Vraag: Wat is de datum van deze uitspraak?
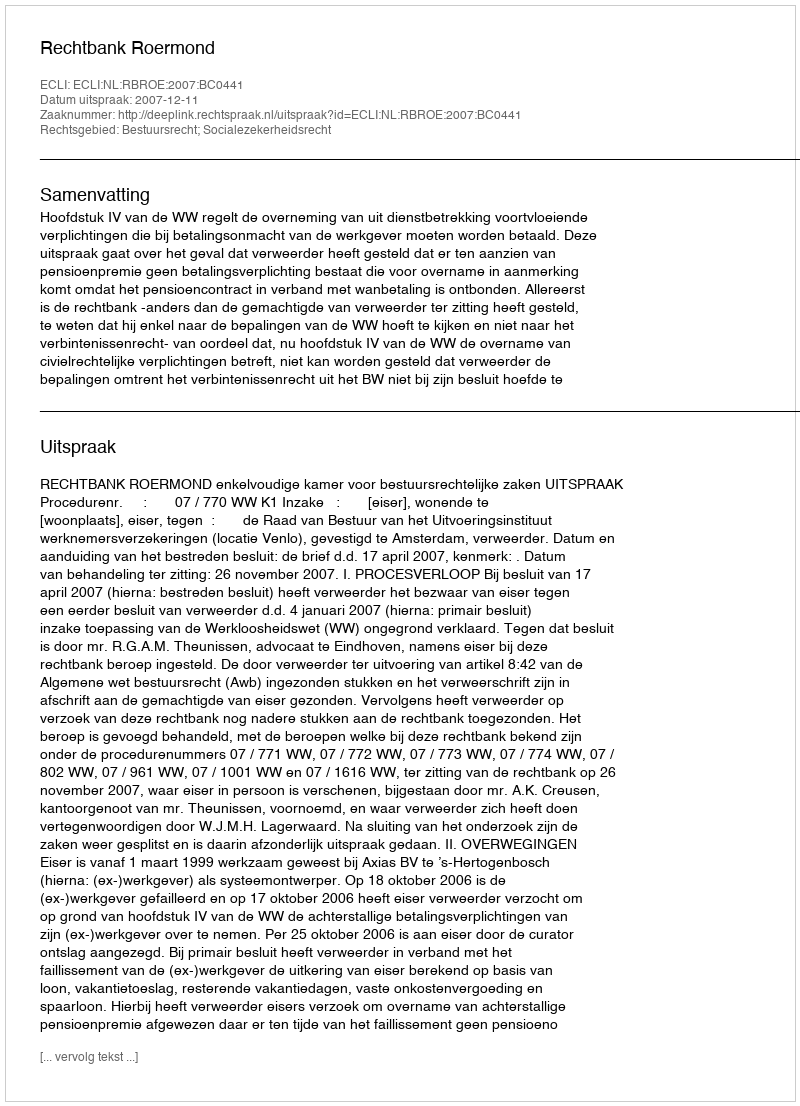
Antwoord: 2007-12-11